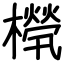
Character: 橩